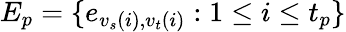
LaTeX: E_{p}=\{ e_{{v_{s}}(i),{v_{t}}(i)}:1\le i\le t_{p}\}